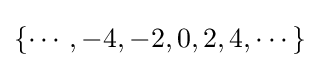
\{\cdots ,-4,-2,0,2,4,\cdots \}